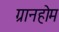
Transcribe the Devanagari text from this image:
ग्रानहोम